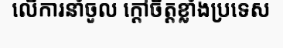
លើការនាំចូល ក្តៅចិត្តខ្លាំងប្រទេស